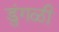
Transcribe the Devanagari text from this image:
डुंगळी